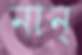
নান্